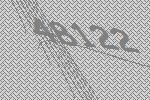
48122